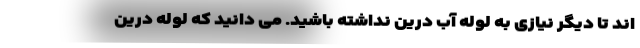
اند تا دیگر نیازی به لوله آب درین نداشته باشید. می دانید که لوله درین